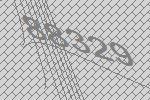
88329